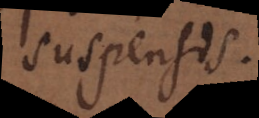
suspensis.